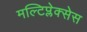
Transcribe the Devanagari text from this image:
मल्टिप्लेक्सेस